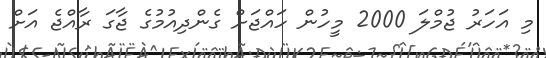
މި އަހަރު ޖުމްލަ 2000 މީހުން ހައްޖަށް ގެންދިއުމުގެ ޖާގަ ރާއްޖެ އަށް